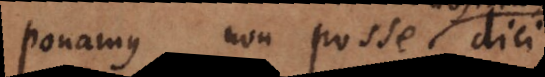
ponamus non posse dici